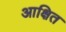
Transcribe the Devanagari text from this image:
आक्षित